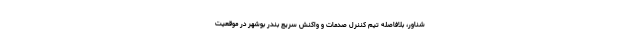
شناور، بلافاصله تیم کننرل صدمات و واکنش سریع بندر بوشهر در موقعیت